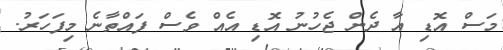
މަސް އޮޑި އާ ދެން ޖެހުނު އޮޑި އެއް ވެސް ފައްތާނެ މިފަހަރު.